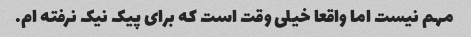
مهم نیست اما واقعا خیلی وقت است که برای پیک نیک نرفته ام.